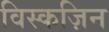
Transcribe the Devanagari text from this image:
विस्कज़िन